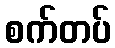
စက်တပ်